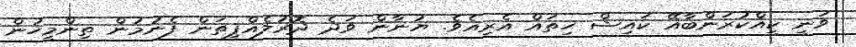
ވަނީ ކީއްކުރަންބާއޭ ކައިޝް ހިތައް އެރިއެވެ. ޔުނާން ވަދެ ދޮރުލެއްޕިތަން ފެނުމުން ތިންމީހުން